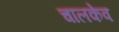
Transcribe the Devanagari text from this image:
चालकेव